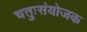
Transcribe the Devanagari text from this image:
चतुःसंयोजक